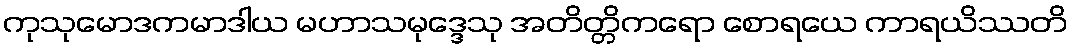
ကုသုမောဒကမာဒါယ မဟာသမုဒ္ဒေသု အတိတ္တိကရော စောရယေ ကာရယိဿတိ